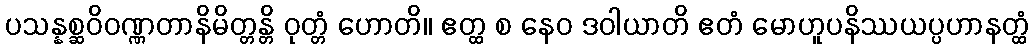
ပသန္နစ္ဆဝိဝဏ္ဏတာနိမိတ္တန္တိ ဝုတ္တံ ဟောတိ။ ဧတ္ထ စ နေဝ ဒဝါယာတိ ဧတံ မောဟူပနိဿယပ္ပဟာနတ္ထံ